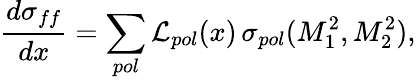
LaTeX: \frac{d\sigma_{ff}}{dx}=\sum_{pol}{\cal L}_{pol}(x)\, \sigma_{pol}(M_{1}^{2},M_{2}^{2}),